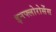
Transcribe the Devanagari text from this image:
इनफ्लोरोसेंस